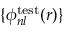
\{ \phi _ { n l } ^ { \mathrm { t e s t } } ( r ) \}